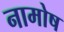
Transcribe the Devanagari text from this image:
नामोष